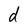
Character: d